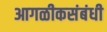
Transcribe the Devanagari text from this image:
आगळीकसंबंधी